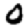
Digit: 0